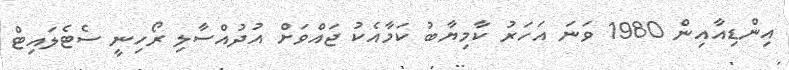
އިންޑިއާއިން 1980 ވަނަ އަހަރު ކާމިޔާބު ކަމާއެކު ޖައްވަށް އުދުއްސާލި ރޯހިނީ ސެޓެލައިޓް